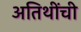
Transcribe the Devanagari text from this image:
अतिथींची